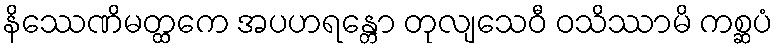
နိဿေဏိမတ္ထကေ အပဟရန္တော တုလျသေဝီ ဝသိဿာမိ ကစ္ဆပံ